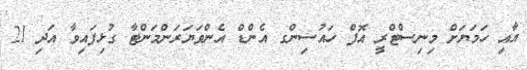
އާއި ހަމަޔަށް މިނިސްޓްރީ އޮފް ހައުސިންގ އެންޑް އެންވަޔަރަންމަންޓާ ގުޅިފައިވާ އަދި 21